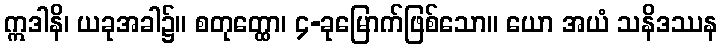
ဣဒါနိ၊ ယခုအခါ၌။ စတုတ္ထော၊ ၄-ခုမြောက်ဖြစ်သော။ ယော အယံ သနိဒဿန